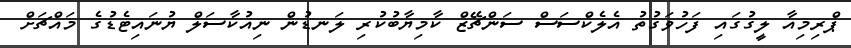
ޕްރިމިއާ ލީގުގައި ފަހުވަގުތު އެލެކްސަސް ސަންޗޭޒް ކާމިޔާބުކުރި ލަނޑުން ނިއުކާސަލް ޔުނައިޓެޑުގެ މައްޗަށް